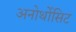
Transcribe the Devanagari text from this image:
अनोर्थोसिट